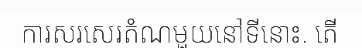
ការសរសេរតំណមួយនៅទីនោះ. តើ